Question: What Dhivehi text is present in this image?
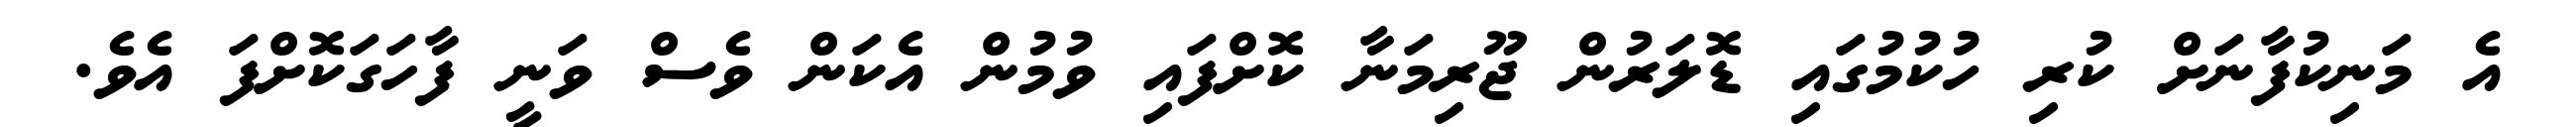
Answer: އެ މަނިކުފާނަށް ކުރި ހުކުމުގައި ޑޮލަރުން ޖޫރިމަނާ ކޮށްފައި ވުމުން އެކަން ވެސް ވަނީ ފާހަގަކޮށްފަ އެވެ.